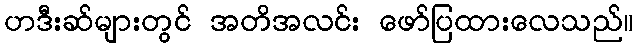
ဟဒီးဆ်များတွင် အတိအလင်း ဖော်ပြထားလေသည်။